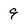
Character: 9